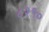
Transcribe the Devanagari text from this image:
८२१०